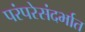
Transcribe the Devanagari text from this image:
परंपरेसंदर्भात